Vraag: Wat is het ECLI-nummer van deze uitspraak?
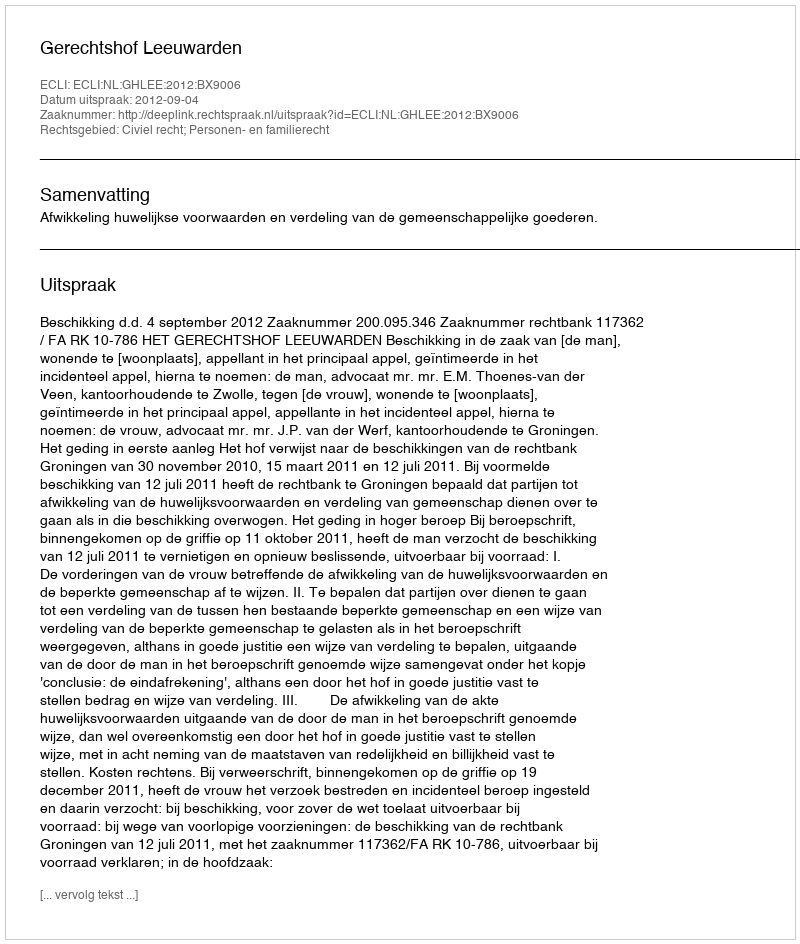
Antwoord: ECLI:NL:GHLEE:2012:BX9006